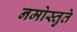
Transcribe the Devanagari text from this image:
नमोस्तुते